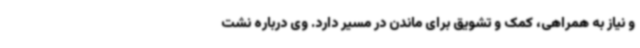
و نیاز به همراهی، کمک و تشویق برای ماندن در مسیر دارد. وی درباره نشت